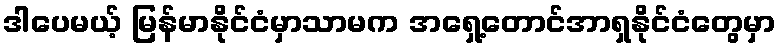
ဒါပေမယ့် မြန်မာနိုင်ငံမှာသာမက အရှေ့တောင်အာရှနိုင်ငံတွေမှာ